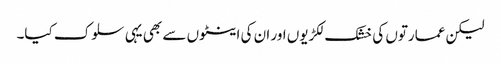
لیکن عمارتوں کی خشک لکڑیوں اور ان کی اینٹوں سے بھی یہی سلوک کیا۔